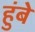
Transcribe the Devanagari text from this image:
हुंबे